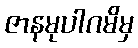
ဇာနမုပါဂမိမှ